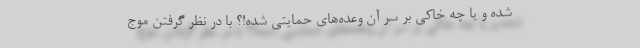
شده و یا چه خاکی بر سر آن وعده‌های حمایتی شده!؟ با در نظر گرفتن موج